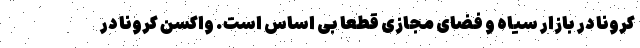
کرونا در بازار سیاه و فضای مجازی قطعا بی اساس است. واکسن کرونا در